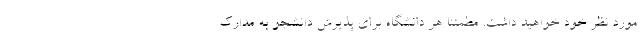
مورد نظر خود خواهید داشت. مطمئنا هر دانشگاه برای پذیرش دانشجو به مدارک